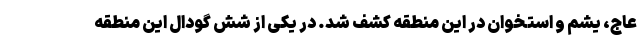
عاج، یشم و استخوان در این منطقه کشف شد. در یکی از شش گودال این منطقه